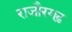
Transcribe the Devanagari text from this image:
राजौरगढ़